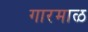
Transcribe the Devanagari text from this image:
गारमाळ